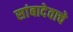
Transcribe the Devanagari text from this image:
सांबादेवाचे